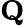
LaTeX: \textbf{Q}